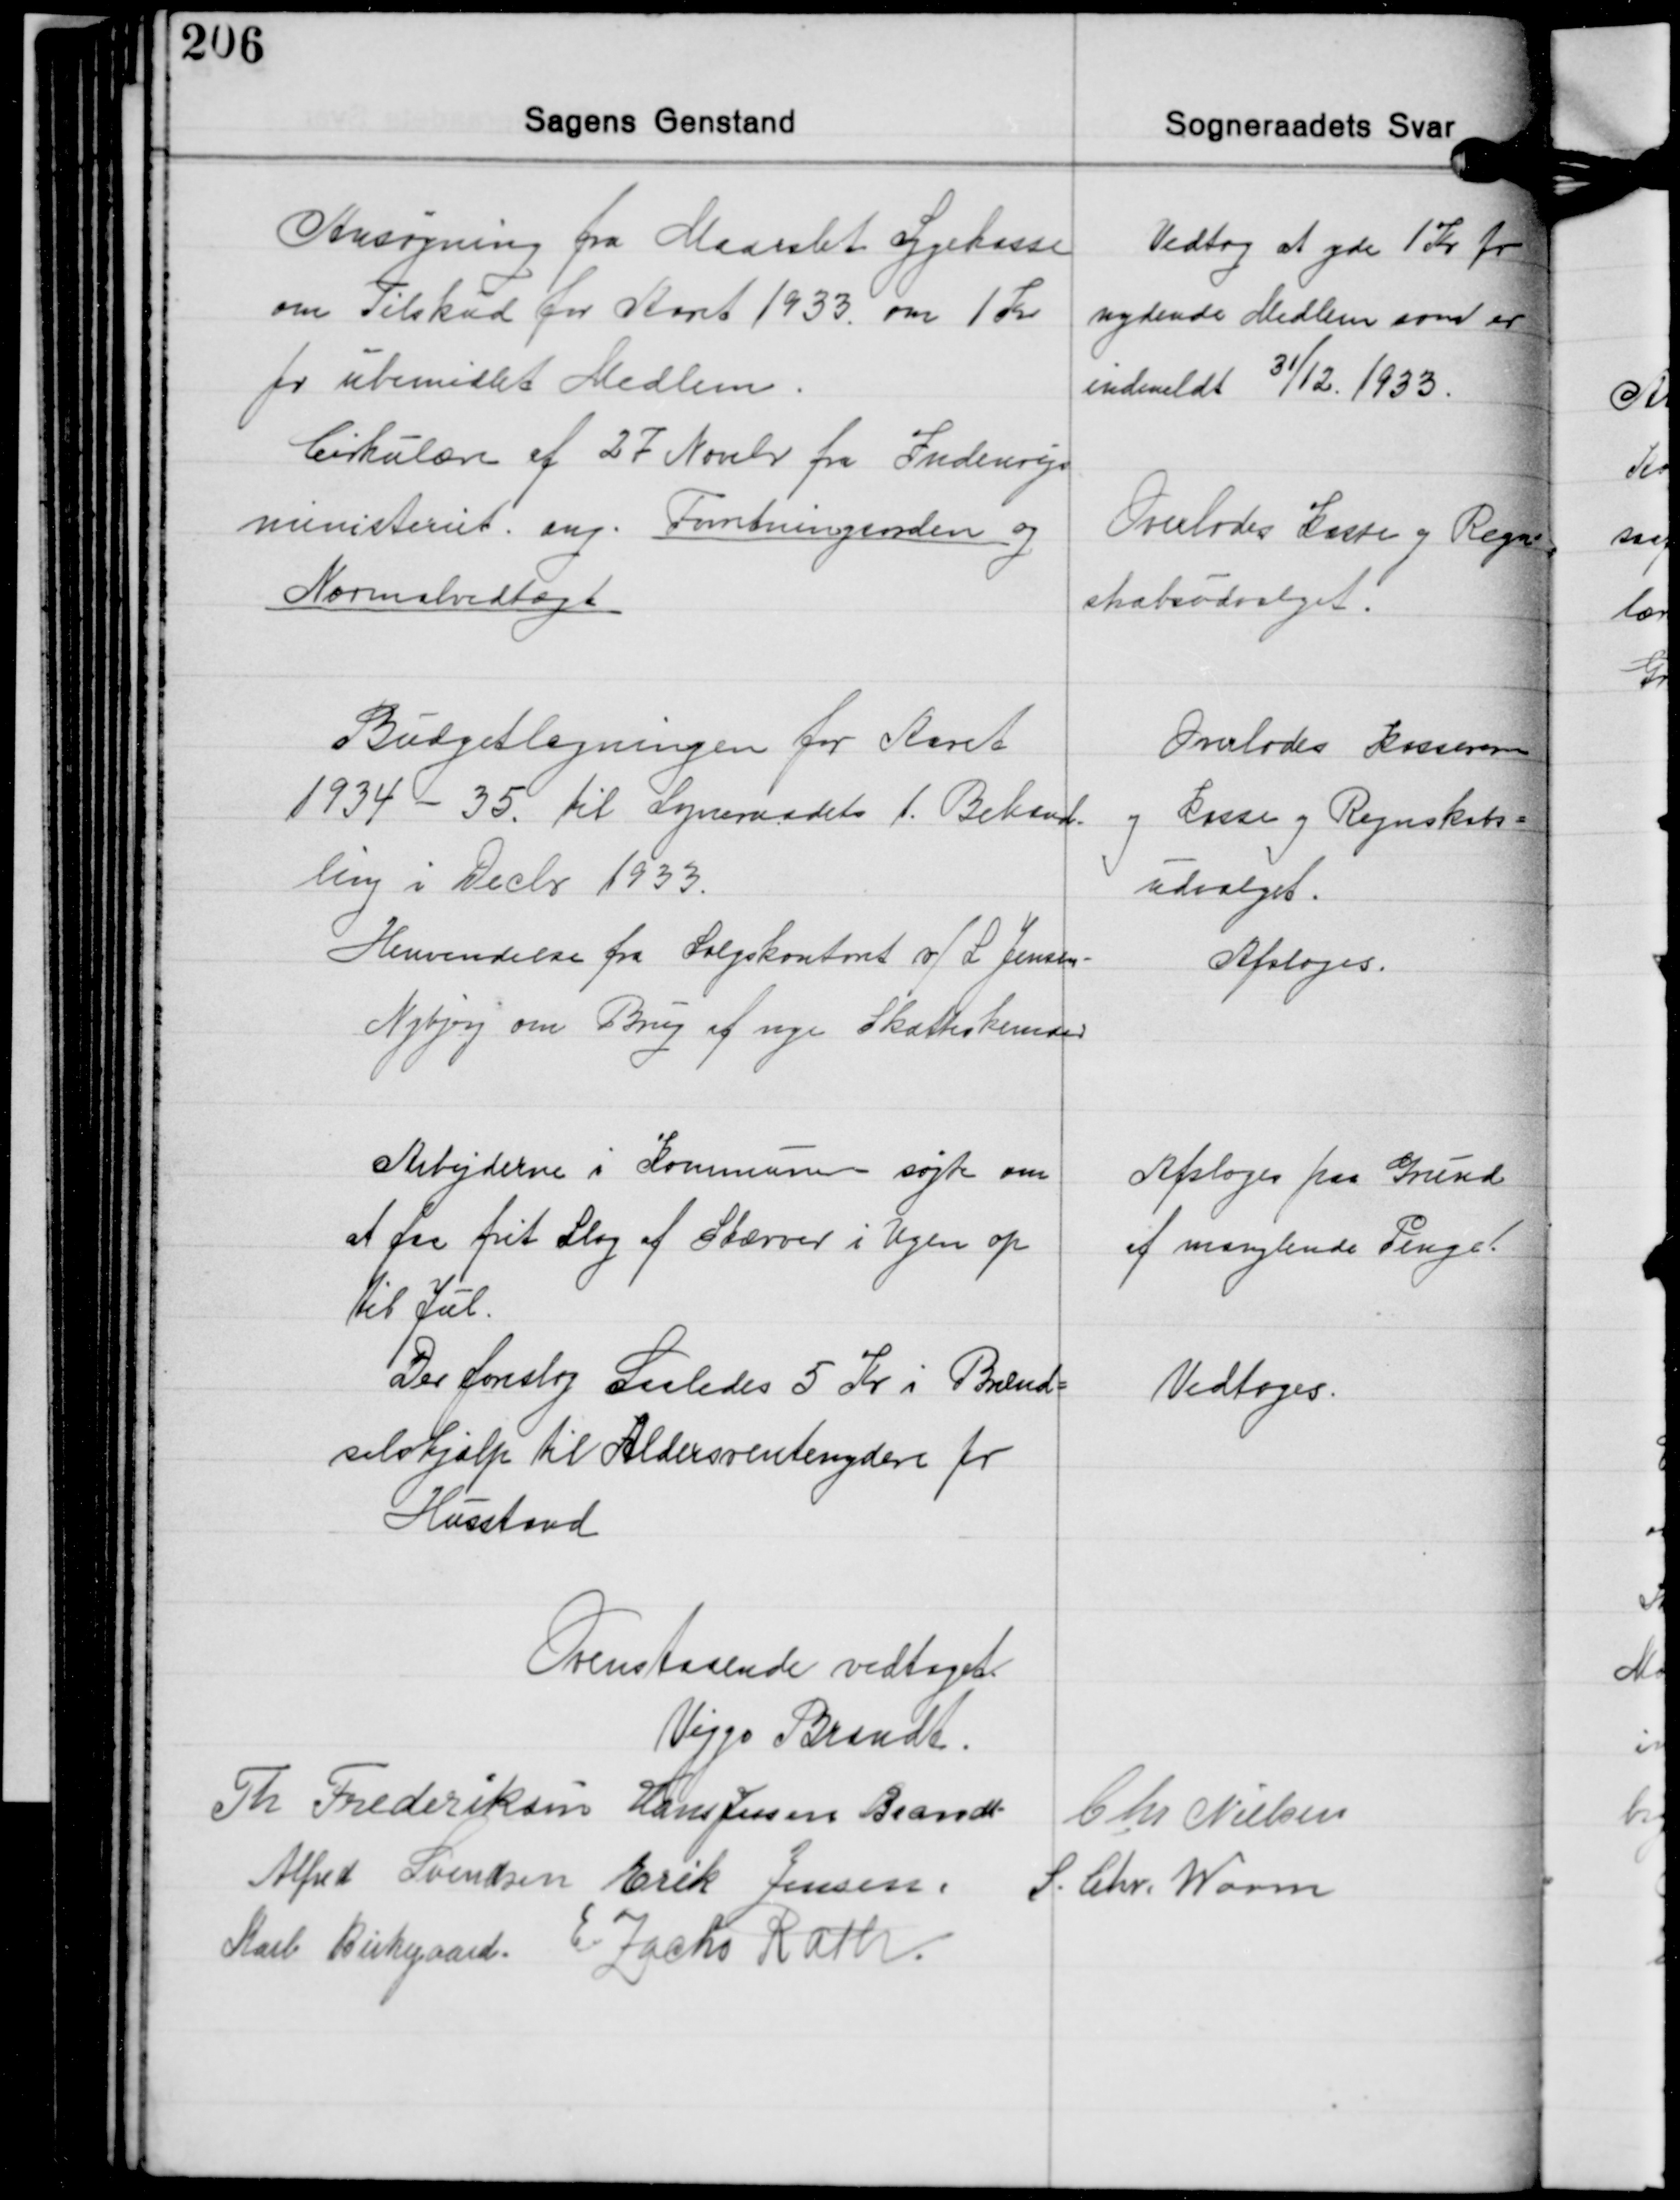
Transskription:
Ansøgning fra Maarslet Sygekasse
om Tilskud for Aaret 1933 om 1 Kr.
pr. ubemidlet Medlem.
Cirkulære af 27 Novbr. fra Indenrigs-
ministeriet ang. Forretningsorden og
Normalvedtægt

Vedtog at yde 1 Kr pr.
nydende Medlem som er
indmeldt 31/12 1933.

Overlodes Enke og Regn
skabsudvalget.

Budgetlegningen for Aaret
1934 - 35 til Sogneraadets 1. Behand-
ling i Decbr 1933.
Henvendelse fra Salgskontoret og L Jensen
Nybjerg om Brug af nye Skatterkunder

Overlodes Kasseren
og Kasse og Regnskabs-
udvalget.
Afsloges.

Arbejderne i Kommunen søgte om
at faa frit Slag af Skærver i Ugen op
til Jul.
Der foreslog Saaledes 5 Kr. i Brænd-
selshjælp til Aldersrentenydere pr.
Husstand

Afsloges paa Grund
af manglende Penge

Vedtoges.

Ovenstaaende vedtaget
Viggo Brandt
Th. Frederiksen Hans Jessen Brandt Chr. Nielsen
Alfred Svendsen Erik Jensen S. Chr. Worm
Karl Birkegaard E Zacho Rath